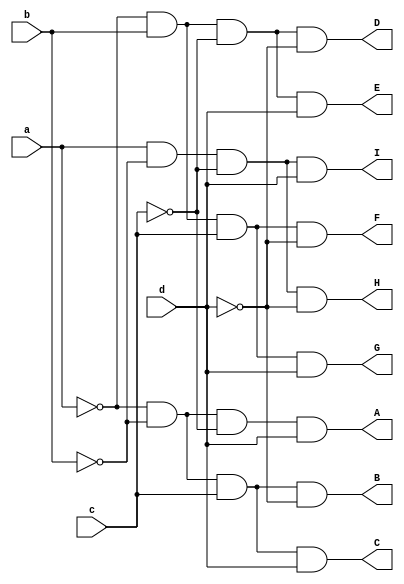
`timescale 1ns / 1ps


module BtoD(
    input a, b, c, d,
    output A, B, C, D, E, F, G, H, I
    );
    
    assign A = ~a&~b&~c&d;
    assign B = ~a&~b&c&~d;
    assign C = ~a&~b&c&d;
    assign D = ~a&b&~c&~d;
    assign E = ~a&b&~c&d;
    assign F = ~a&b&c&~d;
    assign G = ~a&b&c&d;
    assign H = a&~b&~c&~d;
    assign I = a&~b&~c&d;
    
endmodule